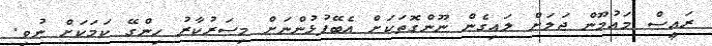
ރައީސް މައުމޫން ޖަލަށް ލައިގެން ނޫންގޮތަކަށް އެބޭފުޅުންނަށް މިސަރުކާރު ހިންގޭ ކަމަކަށް ނުވި.